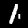
Digit: 1